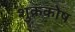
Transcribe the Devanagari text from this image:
शुक्रकोष